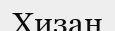
Хизан